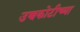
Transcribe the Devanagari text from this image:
उच्चकोटीच्या